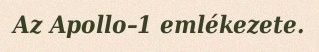
Az Apollo–1 emlékezete.